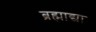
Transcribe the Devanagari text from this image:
ब्रह्माद्या